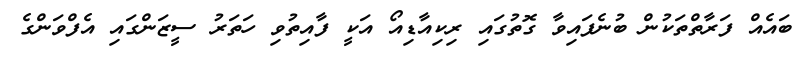
ބައެއް ފަރާތްތަކުން ބުނެފައިވާ ގޮތުގައި ރިކިއާޑިއޯ އަކީ ފާއިތުވި ހަތަރު ސީޒަންގައި އެފްވަންގެ